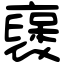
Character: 襃